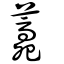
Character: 薧